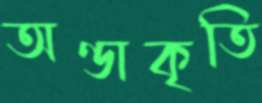
অণ্ডাকৃতি